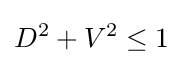
D^{2}+V^{2}\leq 1